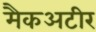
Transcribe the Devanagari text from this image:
मैकअटीर